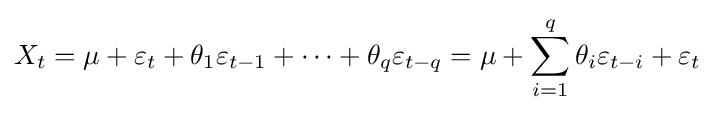
X_{t}=\mu +\varepsilon _{t}+\theta _{1}\varepsilon _{t-1}+\cdots +\theta _{q}\varepsilon _{t-q}=\mu +\sum _{i=1}^{q}\theta _{i}\varepsilon _{t-i}+\varepsilon _{t}